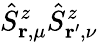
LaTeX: \hat{S}_{\mathbf{r},\mu}^{z}\hat{S}_{\mathbf{r^{\prime}},\nu}^{z}